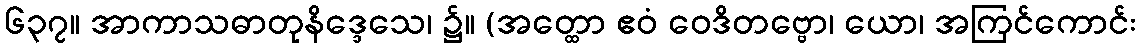
၆၃၇။ အာကာသဓာတုနိဒ္ဒေသေ၊ ၌။ (အတ္ထော ဧဝံ ဝေဒိတဗ္ဗော၊ ယော၊ အကြင်ကောင်း